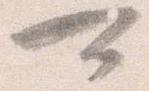
可